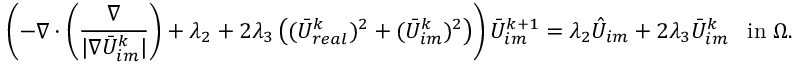
\left( - \nabla \cdot \left( \frac { \nabla } { | \nabla \bar { U } _ { i m } ^ { k } | } \right) + \lambda _ { 2 } + 2 \lambda _ { 3 } \left( ( \bar { U } _ { r e a l } ^ { k } ) ^ { 2 } + ( \bar { U } _ { i m } ^ { k } ) ^ { 2 } \right) \right) \bar { U } _ { i m } ^ { k + 1 } = \lambda _ { 2 } \hat { U } _ { i m } + 2 \lambda _ { 3 } \bar { U } _ { i m } ^ { k } \; \; \; \mathrm { i n } \; \Omega .